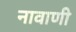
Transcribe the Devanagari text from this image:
नावाणी